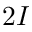
2 I